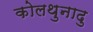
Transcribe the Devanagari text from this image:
कोलथुनादु